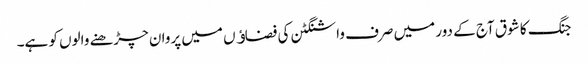
جنگ کا شوق آج کے دور میں صرف واشنگٹن کی فضاﺅں میں پروان چڑھنے والوں کو ہے۔